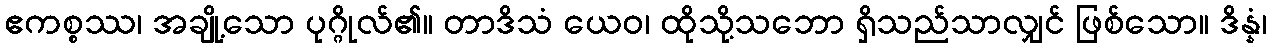
ဧကစ္စဿ၊ အချို့သော ပုဂ္ဂိုလ်၏။ တာဒိသံ ယေဝ၊ ထိုသို့သဘော ရှိသည်သာလျှင် ဖြစ်သော။ ဒိန္နံ၊